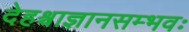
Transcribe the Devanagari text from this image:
देहश्चाज्ञानसम्भवः